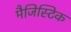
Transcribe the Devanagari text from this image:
मैजिस्टिक